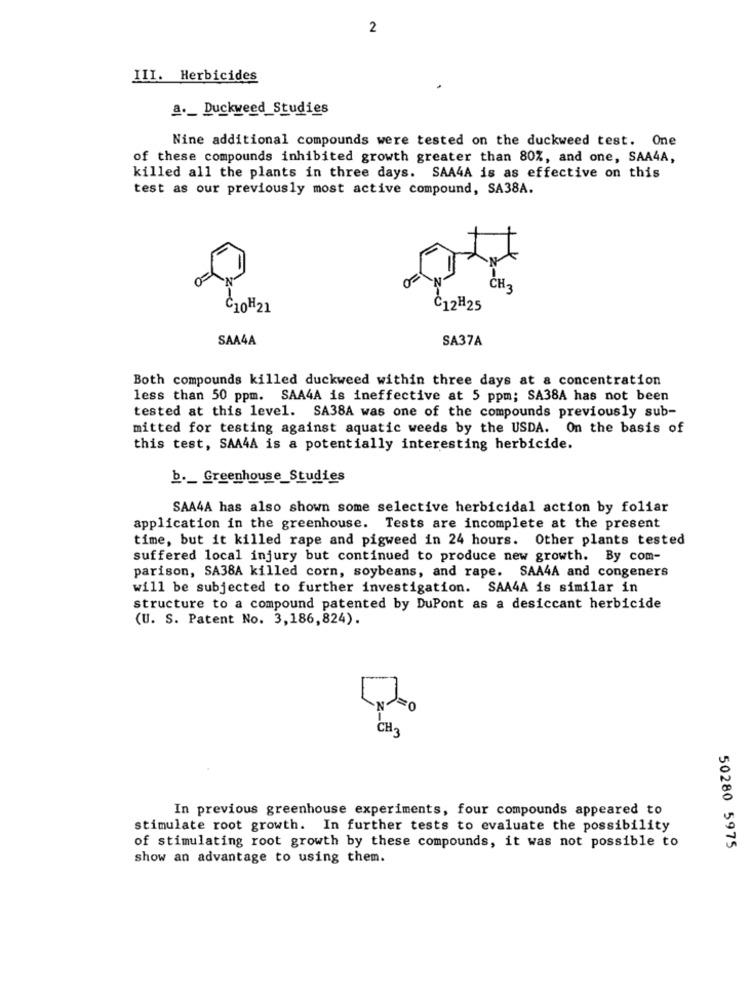
2
III. Herbicides
a ._ Duckweed_Studies
Nine additional compounds were tested on the duckweed test. One
of these compounds inhibited growth greater than 80%, and one, SAA4A,
killed all the plants in three days. SAA4A is as effective on this
test as our previously most active compound, SA38A.
C10H21
Č12H25
SAA4A
SA37A
Both compounds killed duckweed within three days at a concentration
less than 50 ppm. SAA4A is ineffective at 5 ppm; SA38A has not been
tested at this level. SA38A was one of the compounds previously sub-
mitted for testing against aquatic weeds by the USDA. On the basis of
this test, SAA4A is a potentially interesting herbicide.
b ._ Greenhouse_Studies
SAA4A has also shown some selective herbicidal action by foliar
application in the greenhouse. Tests are incomplete at the present
time, but it killed rape and pigweed in 24 hours. Other plants tested
suffered local injury but continued to produce new growth. By com-
parison, SA38A killed corn, soybeans, and rape. SAA4A and congeners
will be subjected to further investigation. SAA4A is similar in
structure to a compound patented by DuPont as a desiccant herbicide
(U. S. Patent No. 3,186,824).
CH
In previous greenhouse experiments, four compounds appeared to
stimulate root growth. In further tests to evaluate the possibility
of stimulating root growth by these compounds, it was not possible to
50280 5975
show an advantage to using them.